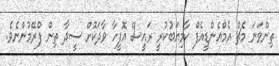
ތިންވަނަ މެޗް އެމްއެންޑީއެފް ކާމިޔަބުކުރީ ރައީސް އޮފީހާ ވާދަކޮށް ސީދާ ތިން ފްރޭމުންނެވެ.